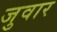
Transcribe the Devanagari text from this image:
जुवार